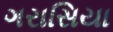
ગરાસિયા